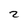
Character: 2